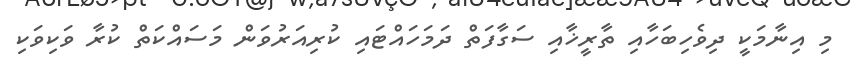
މި އިނާމަކީ ދިވެހިބަހާއި ތާރީޚާއި ސަގާފަތް ދަމަހައްޓައި ކުރިއަރުވަން މަސައްކަތް ކުރާ ވަކިވަކި